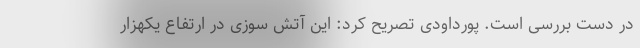
در دست بررسی است. پورداودی تصریح کرد: این آتش سوزی در ارتفاع یکهزار